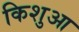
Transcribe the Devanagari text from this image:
किशुआ